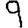
Digit: 9